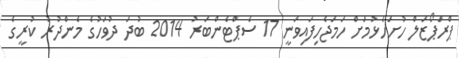
ޕްރަޕޯޒަލް ހުށަހެޅުމަށް ހަމަޖެހިފައިވަނީ 17 ސެޕްޓެންބަރު 2014 ބުދަ ދުވަހުގެ މެންދުރު ކުރީގެ